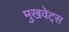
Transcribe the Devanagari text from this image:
मुखवेट्स